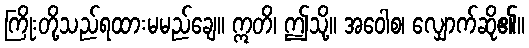
ကြိုးတို့သည်ရထားမမည်ချေ။ ဣတိ၊ ဤသို့။ အဝေါစ၊ လျှောက်ဆို၏။